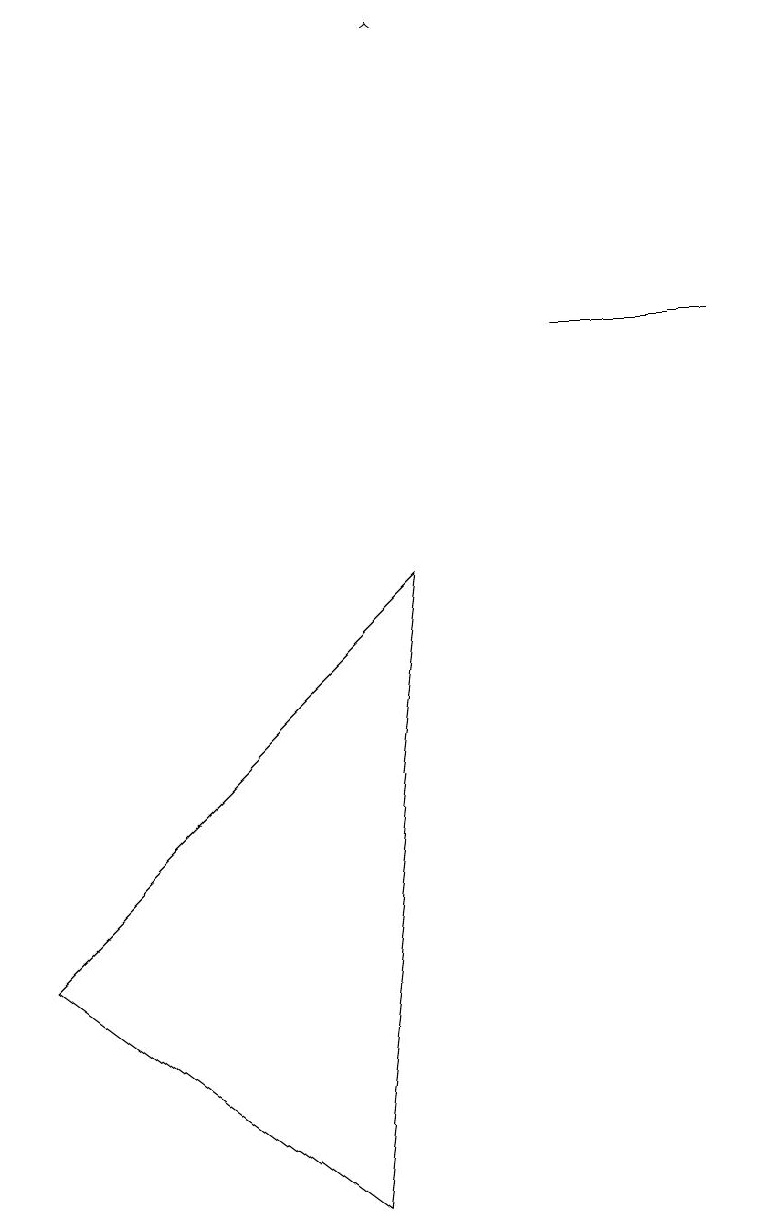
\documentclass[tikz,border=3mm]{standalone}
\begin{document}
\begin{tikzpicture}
\draw (7,12) rectangle (9,12);
\draw[->] (5,16) -- (5,16);
\draw (5,9) -- (0,4) -- (4,1) -- cycle;
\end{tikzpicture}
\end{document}